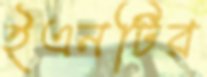
ইএনটির